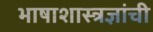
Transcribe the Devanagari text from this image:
भाषाशास्त्रज्ञांची